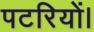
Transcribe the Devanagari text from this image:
पटरियों।